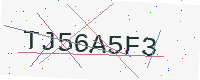
Text: TJ56A5F3